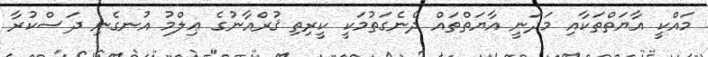
މައްކީ އާޔަތްތަކާއި މަދަނީ އާޔަތްތައް ދެނެގަތުމަކީ ކީރިތި ޤުރްއާނުގެ ޢިލްމު އުނގެނި ދަސްކުރާ